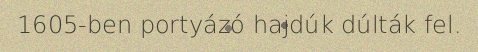
1605-ben portyázó hajdúk dúlták fel.